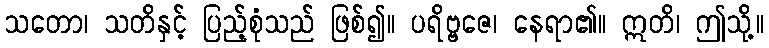
သတော၊ သတိနှင့် ပြည့်စုံသည် ဖြစ်၍။ ပရိဗ္ဗဇေ၊ နေရာ၏။ ဣတိ၊ ဤသို့။